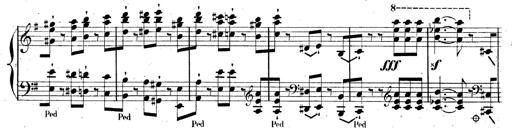
Title: AnnÃ©es de pÃ¨lerinage II, SupplÃ©ment
Composer: Franz Liszt